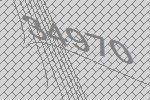
34970